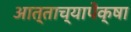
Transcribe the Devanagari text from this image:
आत्ताच्यापेक्षा